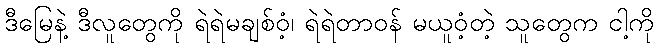
ဒီမြေနဲ့ ဒီလူတွေကို ရဲရဲမချစ်ဝံ့၊ ရဲရဲတာဝန် မယူဝံ့တဲ့ သူတွေက ငါ့ကို